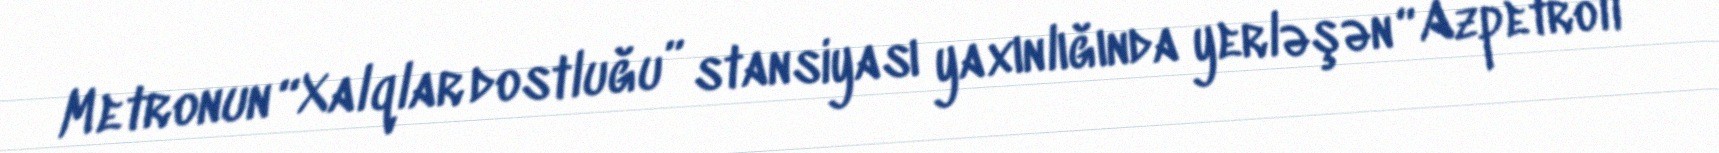
Metronun “Xalqlar dostluğu” stansiyası yaxınlığında yerləşən “Azpetroll”